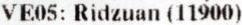
VE05: RIDZUAN (11900)